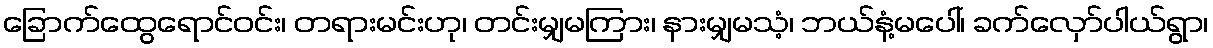
ခြောက်ထွေရောင်ဝင်း၊ တရားမင်းဟု၊ တင်းမျှမကြား၊ နားမျှမသံ့၊ ဘယ်နံ့မပေါ်၊ ခက်လှော်ပါယ်ရွာ၊